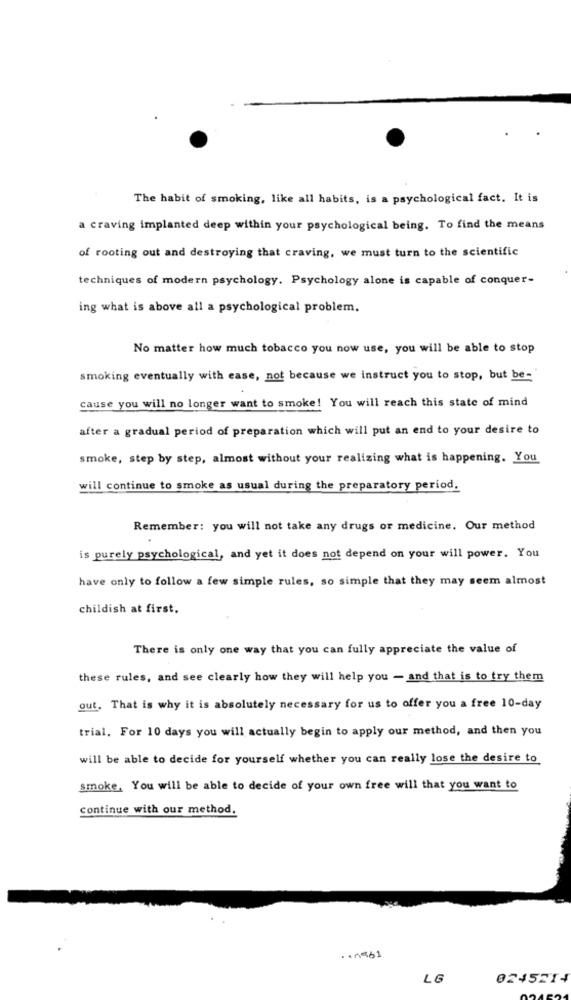
The habit of smoking, like all habits, is a psychological fact. It is
a craving implanted deep within your psychological being. To find the means
of rooting out and destroying that craving, we must turn to the scientific
techniques of modern psychology. Psychology alone is capable of conquer-
ing what is above all a psychological problem.
No matter how much tobacco you now use, you will be able to stop
smoking eventually with ease, not because we instruct you to stop, but be-
cause you will no longer want to smoke! You will reach this state of mind
after a gradual period of preparation which will put an end to your desire to
smoke, step by step, almost without your realizing what is happening. You
will continue to smoke as usual during the preparatory period.
Remember: you will not take any drugs or medicine. Our method
is purely psychological, and yet it does not depend on your will power. You
have only to follow a few simple rules, so simple that they may seem almost
childish at first.
There is only one way that you can fully appreciate the value of
these rules, and see clearly how they will help you - and that is to try them
out. That is why it is absolutely necessary for us to offer you a free 10-day
trial. For 10 days you will actually begin to apply our method, and then you
will be able to decide for yourself whether you can really lose the desire to
smoke, You will be able to decide of your own free will that you want to
continue with our method.
· 10861
LG
0245214